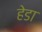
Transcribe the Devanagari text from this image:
हेडा